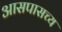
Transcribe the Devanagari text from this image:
आसपासच्य